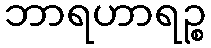
ဘာရဟာရဉ္စ